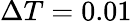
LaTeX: \Delta T=0.01